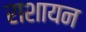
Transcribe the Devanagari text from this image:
राशायन